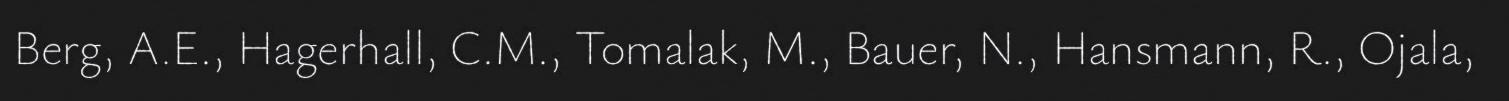
Berg, A.E., Hagerhall, C.M., Tomalak, M., Bauer, N., Hansmann, R., Ojala,